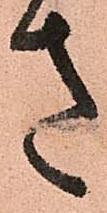
さ